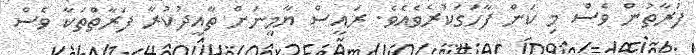
ފަރާތުން ވެސް މި ކަން ފާހަގަކުރެވެއެވެ. ރައީސް ޔާމީނަށް ތާއީދުކުރާ ފަރާތްތަކާ ވެސް